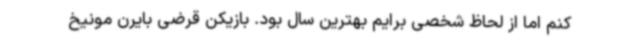
کنم اما از لحاظ شخصی برایم بهترین سال بود. بازیکن قرضی بایرن مونیخ